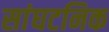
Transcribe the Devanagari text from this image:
सांघटनिक